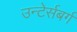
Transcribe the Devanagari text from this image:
उन्टेर्सबर्ग